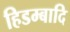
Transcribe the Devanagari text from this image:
हिडम्बादि